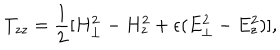
LaTeX: T _ { z z } = { \frac { 1 } { 2 } } [ H _ { \perp } ^ { 2 } - H _ { z } ^ { 2 } + \epsilon ( E _ { \perp } ^ { 2 } - E _ { z } ^ { 2 } ) ] ,